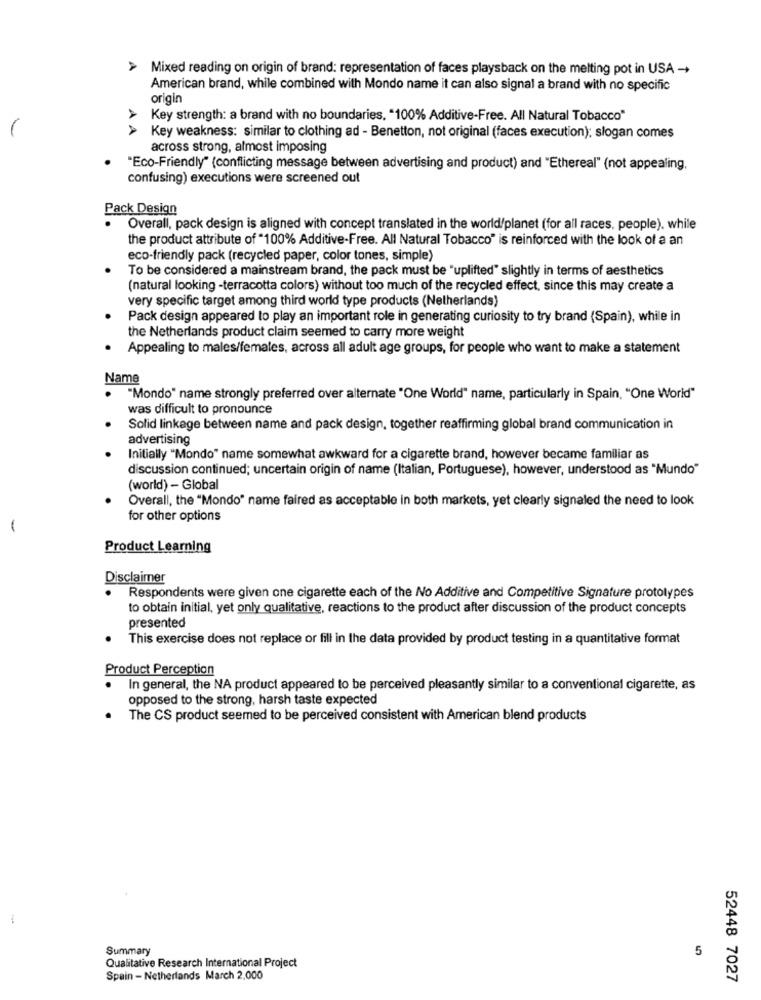
> Mixed reading on origin of brand: representation of faces playsback on the melting pot in USA -+
American brand, while combined with Mondo name it can also signal a brand with no specific
origin
> Key strength: a brand with no boundaries. "100% Additive-Free. All Natural Tobacco"
Key weakness: similar to clothing ad - Benetton, not original (faces execution); slogan comes
across strong, almost imposing
"Eco-Friendly" (conflicting message between advertising and product) and "Ethereal" (not appealing,
confusing) executions were screened out
Pack Design
Overall, pack design is aligned with concept translated in the world/planet (for all races, people). while
the product attribute of "100% Additive-Free. All Natural Tobacco" is reinforced with the look of a an
eco-friendly pack (recycled paper, color tones, simple)
To be considered a mainstream brand, the pack must be "uplifted" slightly in terms of aesthetics
(natural looking -terracotta colors) without too much of the recycled effect, since this may create a
very specific target among third world type products (Netherlands)
Pack design appeared to play an important role in generating curiosity to try brand (Spain), while in
the Netherlands product claim seemed to carry more weight
Appealing to males/females, across all adult age groups, for people who want to make a statement
Name
"Mondo" name strongly preferred over alternate "One World" name, particularly in Spain, "One World"
was difficult to pronounce
Solid linkage between name and pack design, together reaffirming global brand communication in
advertising
Initially "Mondo" name somewhat awkward for a cigarette brand, however became familiar as
discussion continued; uncertain origin of name (Italian, Portuguese), however, understood as "Mundo"
(world) - Global
Overall, the "Mondo" name faired as acceptable in both markets, yet clearly signaled the need to look
for other options
-
Product Learning
Disclaimer
.
Respondents were given one cigarette each of the No Additive and Competitive Signature prototypes
to obtain initial, yet only qualitative, reactions to the product after discussion of the product concepts
presented
This exercise does not replace or fill in the data provided by product testing in a quantitative format
Product Perception
In general, the NA product appeared to be perceived pleasantly similar to a conventional cigarette, as
opposed to the strong, harsh taste expected
The CS product seemed to be perceived consistent with American blend products
Summary
5
Qualitative Research International Project
Spain - Netherlands March 2,000
52448 7027